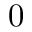
0